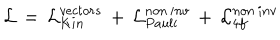
{ \cal L } \, = \, { \cal L } _ { K i n } ^ { v e c t o r s } \, + \, { \cal L } _ { P a u l i } ^ { n o n \, i n v } \, + \, { \cal L } _ { 4 f } ^ { n o n \, i n v }